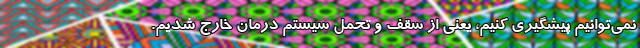
نمی‌توانیم پیشگیری کنیم، یعنی از سقف و تحمل سیستم درمان خارج شدیم.